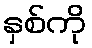
နှစ်ကို